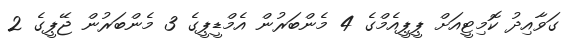
ގަވާއިދު ކޮމިޓީއަށް ޕީޕީއެމްގެ 4 މެންބަރުން އެމްޑީޕީގެ 3 މެންބަރުން ޖޭޕީގެ 2